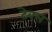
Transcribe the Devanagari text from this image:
टेवल